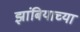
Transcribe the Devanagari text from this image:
झांबियाच्या